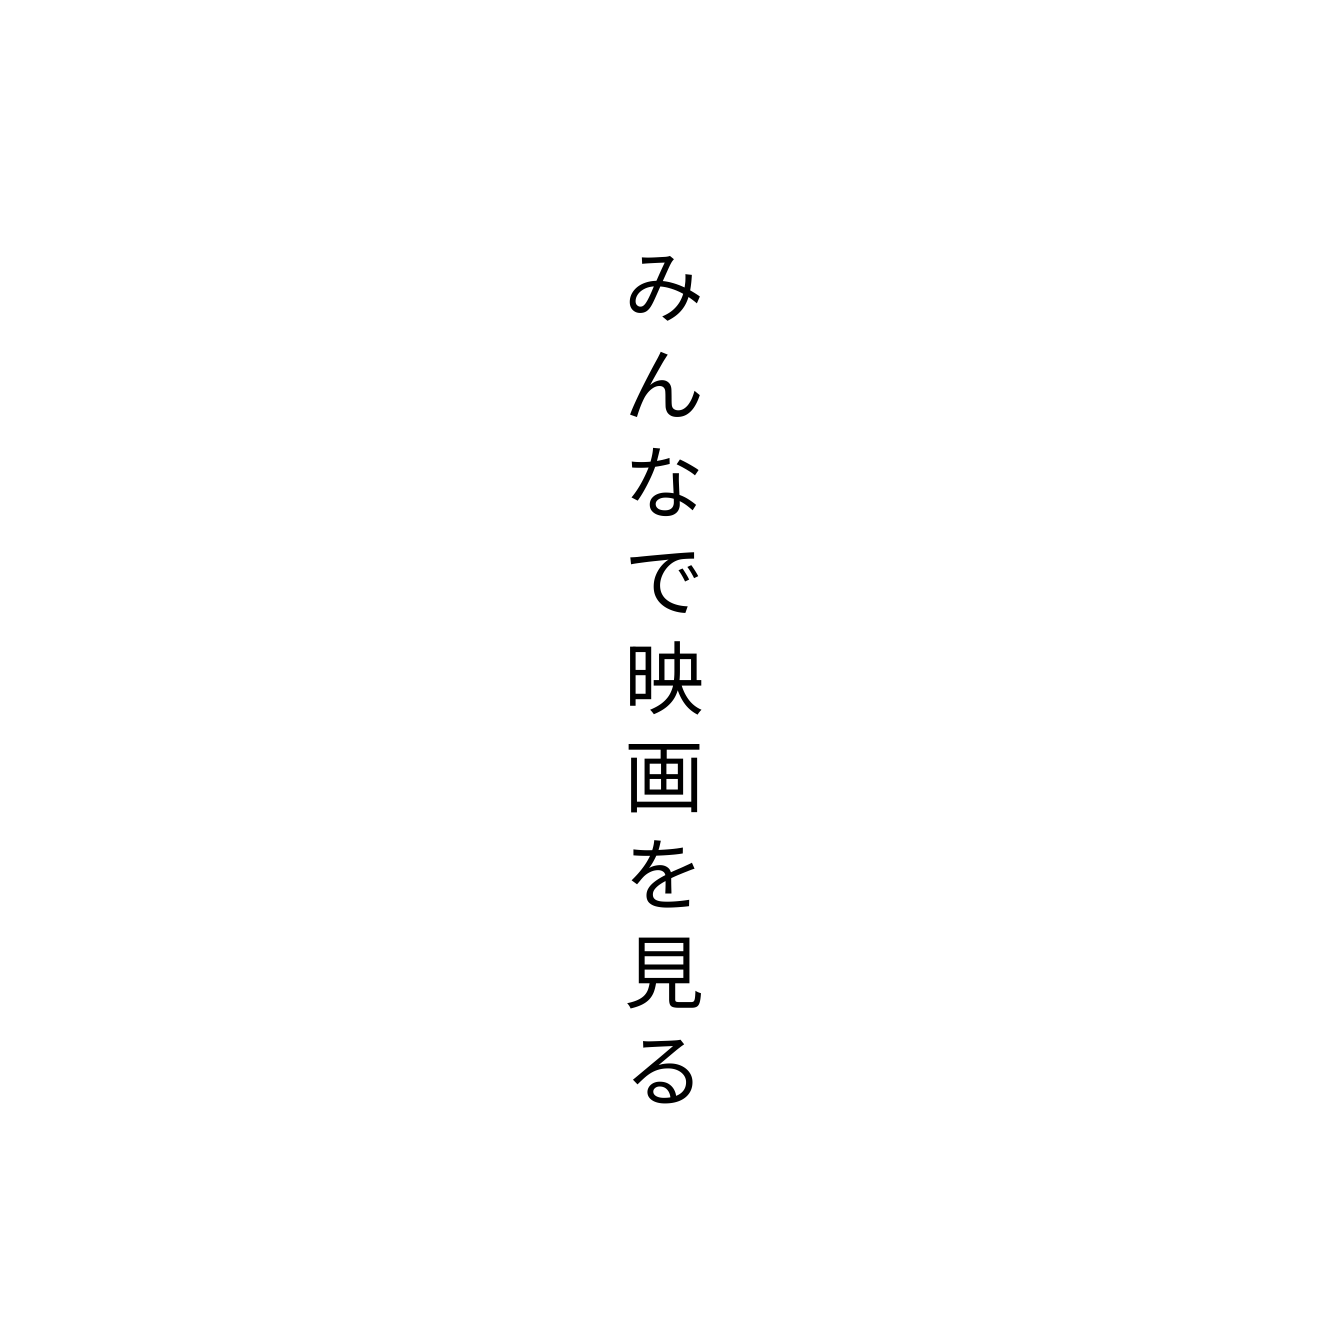
みんなで映画を見る